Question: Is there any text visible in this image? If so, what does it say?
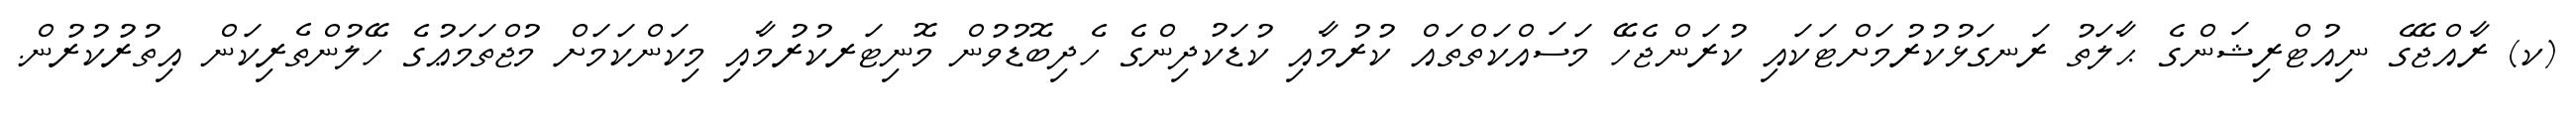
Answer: (ކ) ރާއްޖޭގެ ނިއުޓްރިޝަންގެ ޙާލަތު ރަނގަޅުކުރުމަށްޓަކައި ކުރަންޖެހޭ މަސައްކަތްތައް ކުރުމާއި ކުޑަކުދިންގެ ހެދިބޮޑުވުން މޮނިޓަރކުރުމާއި މިކަންކަމަށް މުޖްތަމަޢުގެ ހޭލުންތެރިކަން އިތުރުކުރުން.